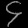
Digit: ၄